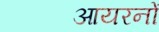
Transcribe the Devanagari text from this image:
आयरनों